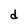
Character: d